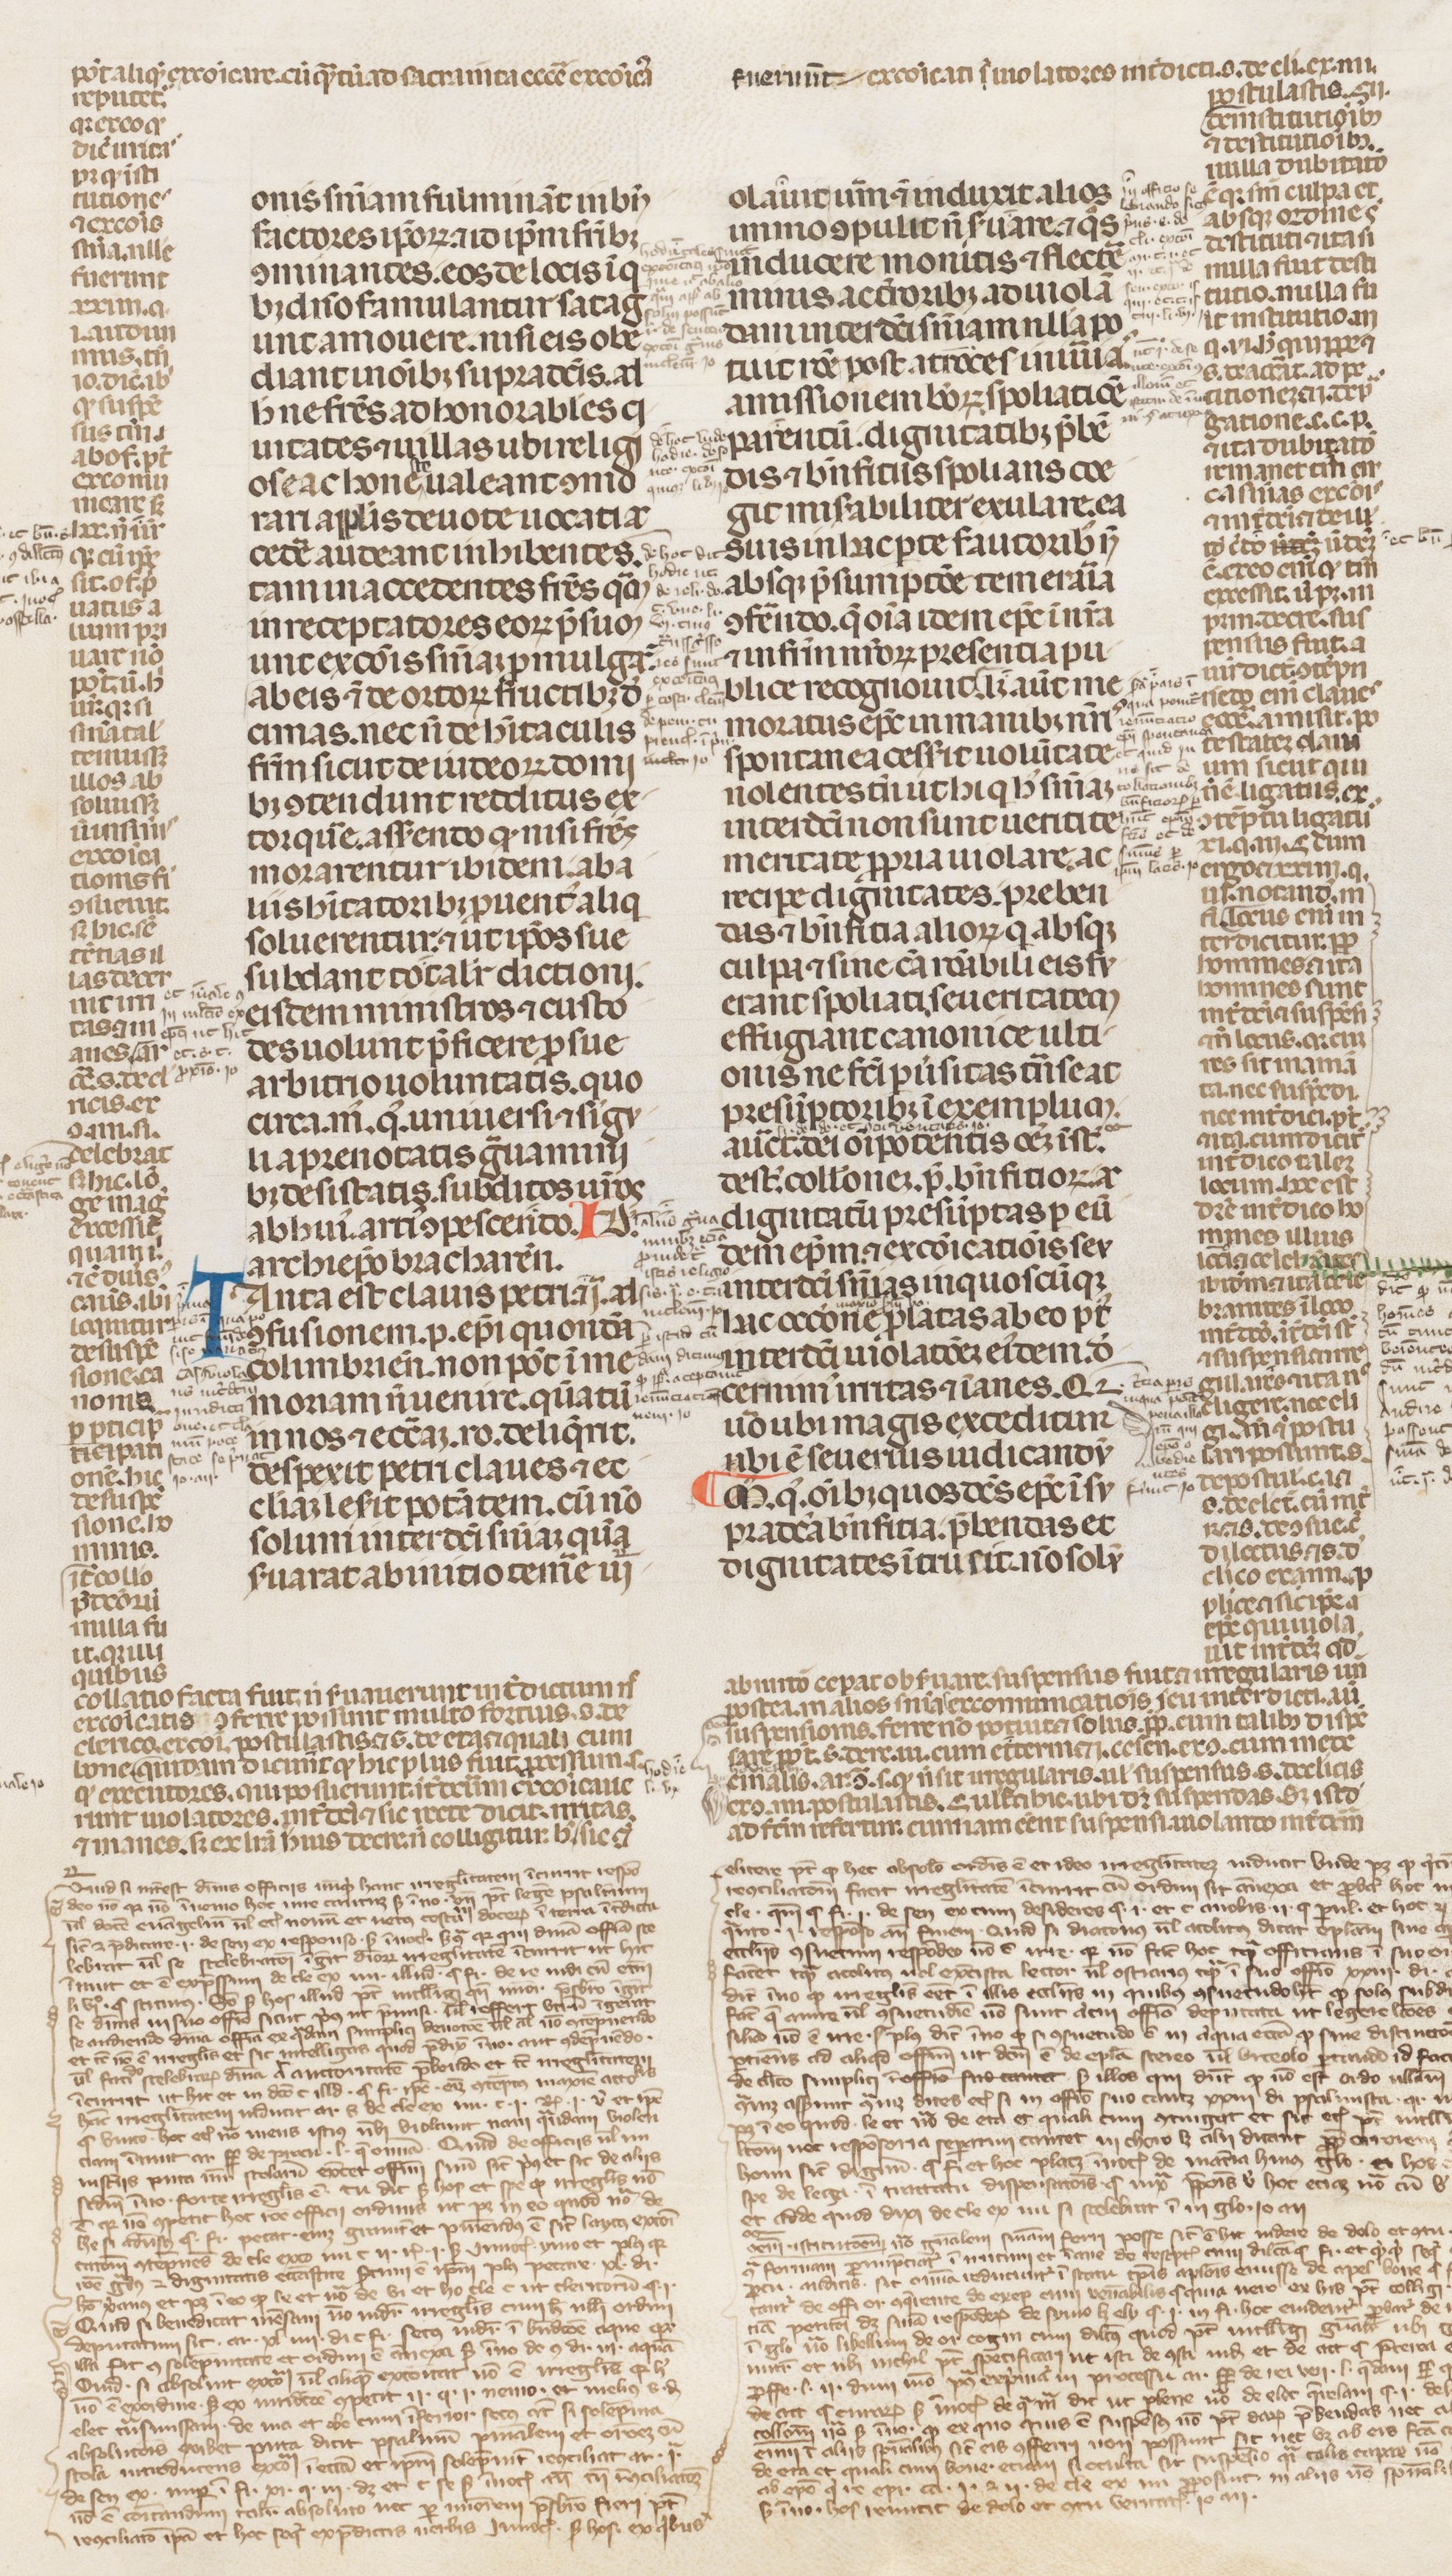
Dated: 1250–1399